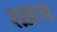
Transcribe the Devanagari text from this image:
श्ख़स